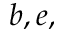
b , e ,